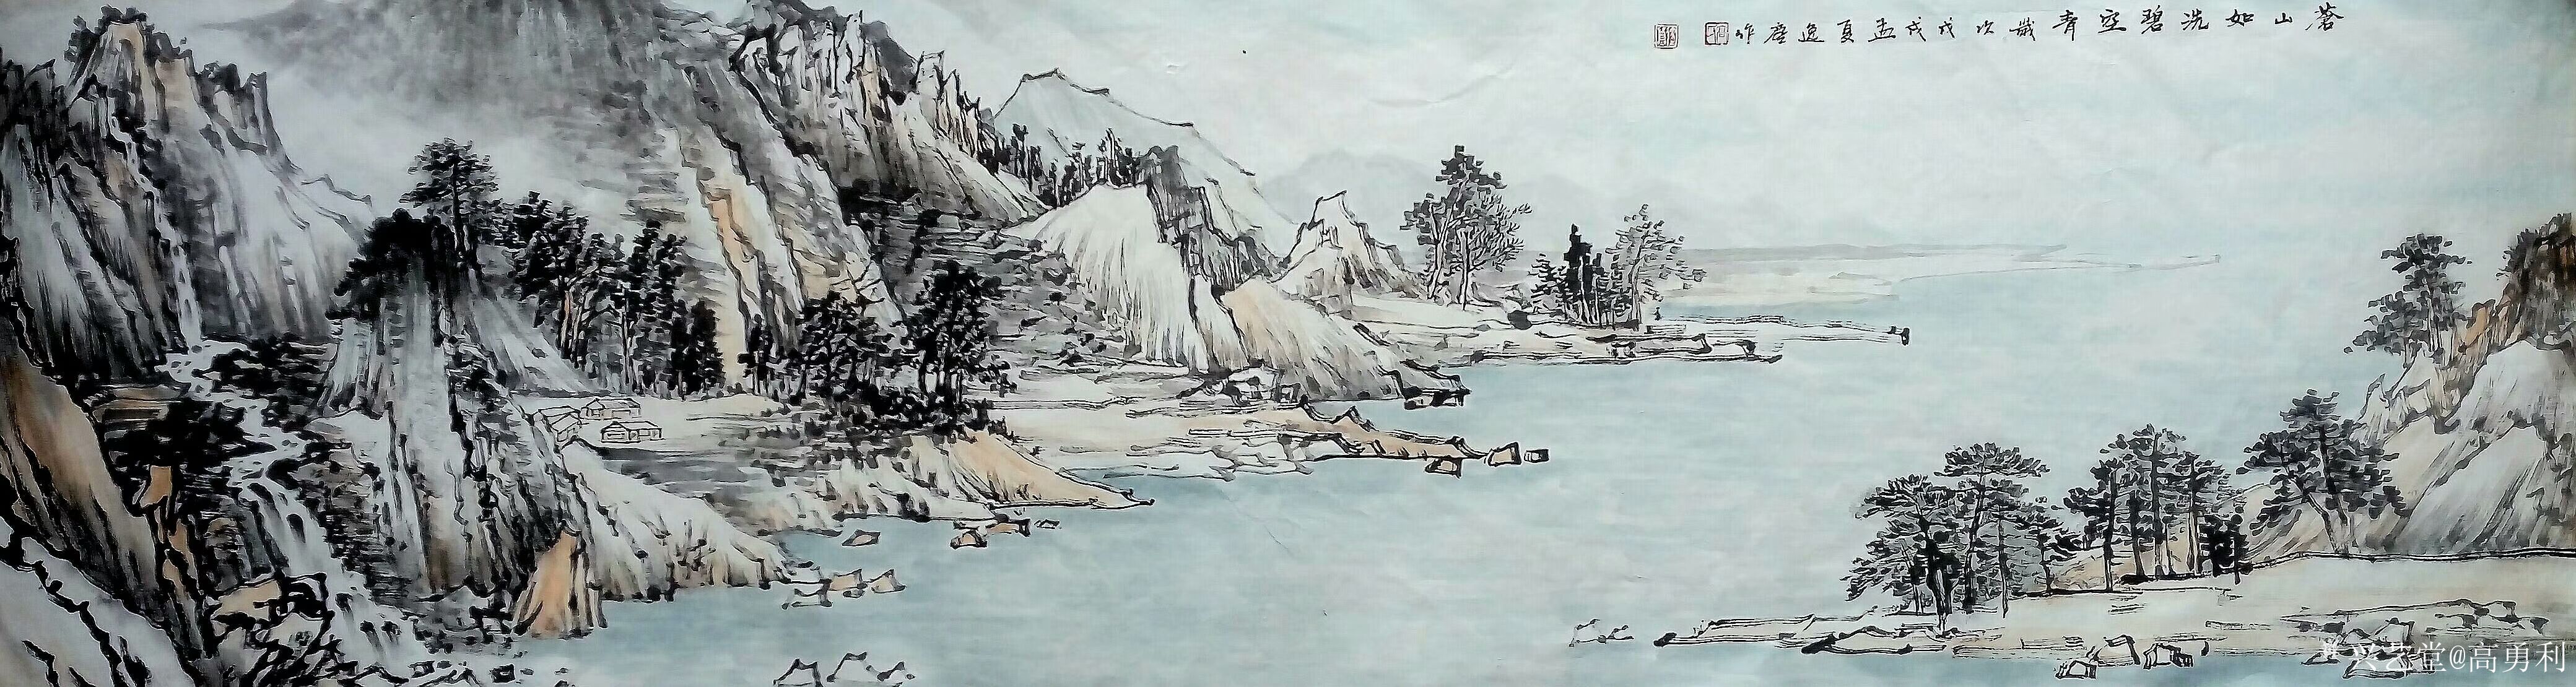
秋晓上莲峰，高蹑倚天青壁。